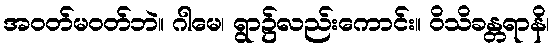
အဝတ်မဝတ်ဘဲ။ ဂါမေ၊ ရွာ၌လည်းကောင်း။ ဝိသိခန္တရာနိ၊